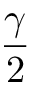
\frac { \gamma } { 2 }